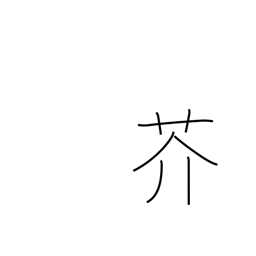
Meaning: rape